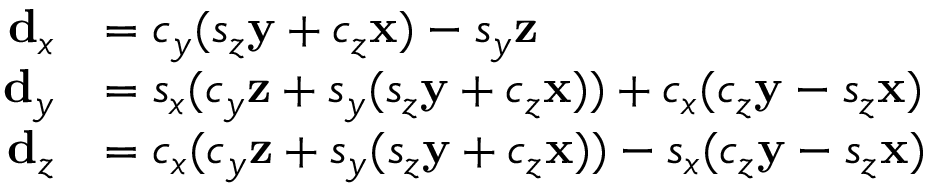
{ \begin{array} { r l } { \mathbf { d } _ { x } } & { = c _ { y } ( s _ { z } \mathbf { y } + c _ { z } \mathbf { x } ) - s _ { y } \mathbf { z } } \\ { \mathbf { d } _ { y } } & { = s _ { x } ( c _ { y } \mathbf { z } + s _ { y } ( s _ { z } \mathbf { y } + c _ { z } \mathbf { x } ) ) + c _ { x } ( c _ { z } \mathbf { y } - s _ { z } \mathbf { x } ) } \\ { \mathbf { d } _ { z } } & { = c _ { x } ( c _ { y } \mathbf { z } + s _ { y } ( s _ { z } \mathbf { y } + c _ { z } \mathbf { x } ) ) - s _ { x } ( c _ { z } \mathbf { y } - s _ { z } \mathbf { x } ) } \end{array} }